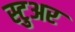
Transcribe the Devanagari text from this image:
स्टुअर